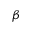
\beta